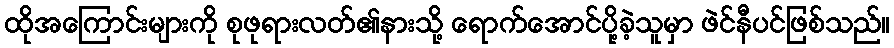
ထိုအကြောင်းများကို စုဖုရားလတ်၏နားသို့ ရောက်အောင်ပို့ခဲ့သူမှာ ဖဲင်နီပင်ဖြစ်သည်။